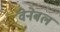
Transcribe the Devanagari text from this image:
वेनेबल